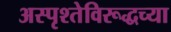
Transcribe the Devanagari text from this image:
अस्पृश्तेविरूद्धच्या